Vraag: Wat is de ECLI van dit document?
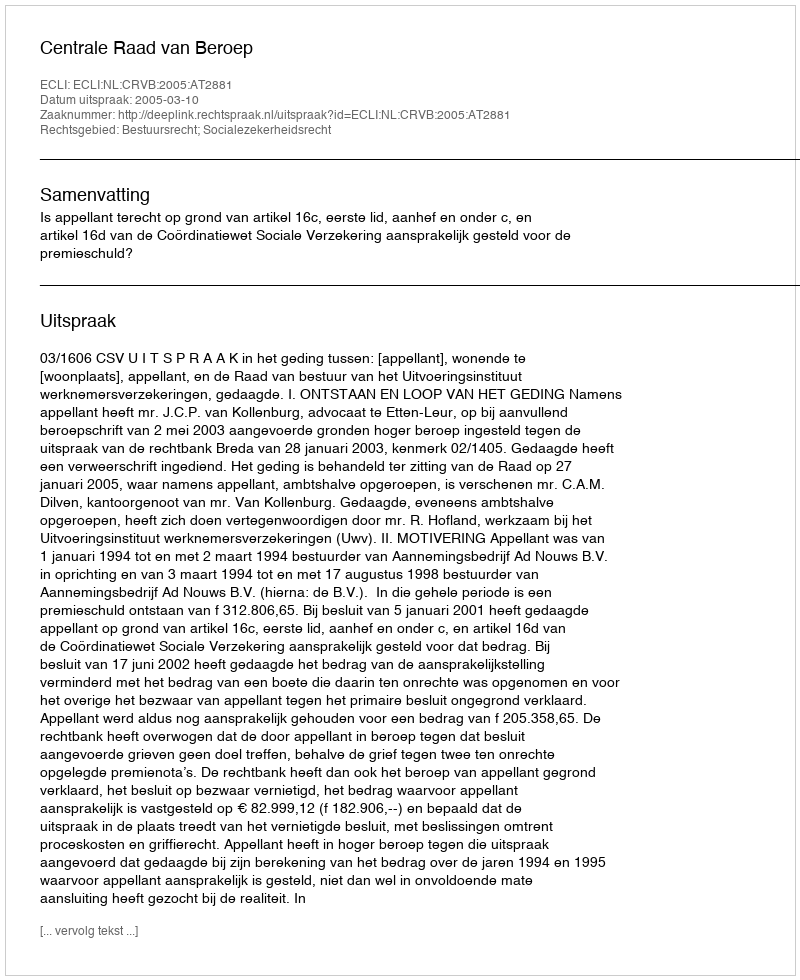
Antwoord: ECLI:NL:CRVB:2005:AT2881